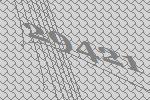
29421